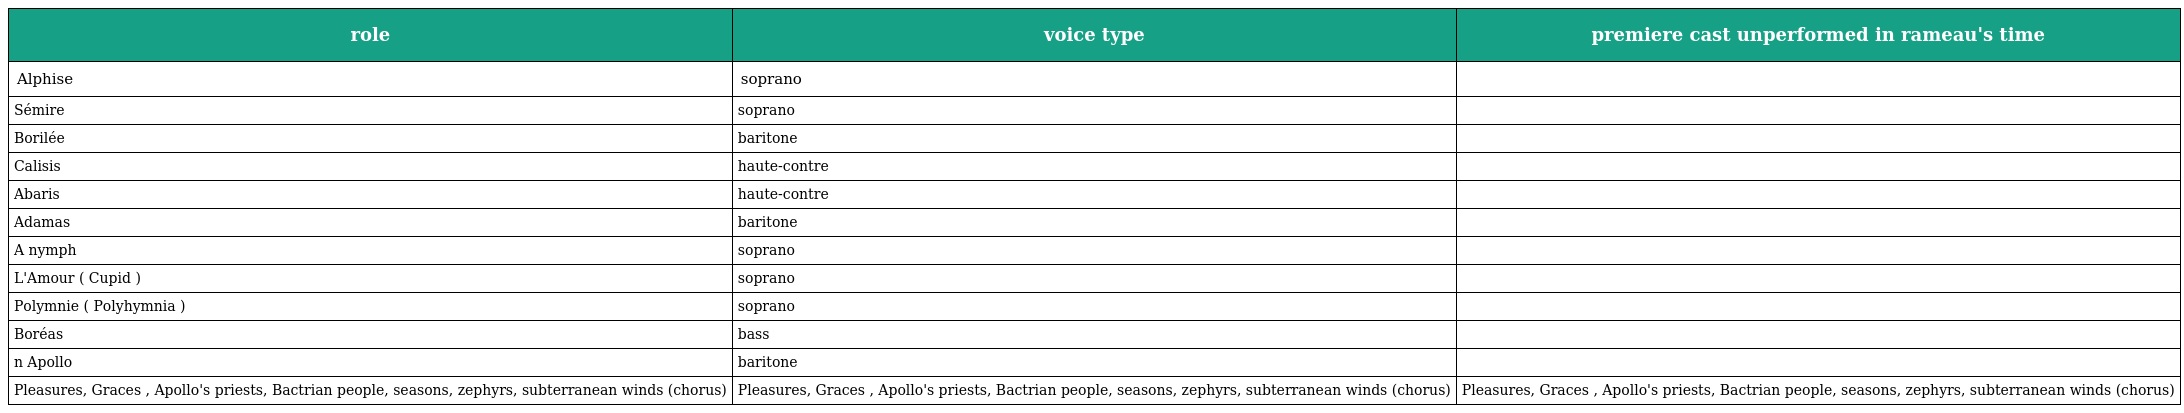
| role | voice type | premiere cast unperformed in rameau's time |
 | --- | --- | --- |
 | Alphise | soprano |  |
 | Sémire | soprano |  |
 | Borilée | baritone |  |
 | Calisis | haute-contre |  |
 | Abaris | haute-contre |  |
 | Adamas | baritone |  |
 | A nymph | soprano |  |
 | L'Amour ( Cupid ) | soprano |  |
 | Polymnie ( Polyhymnia ) | soprano |  |
 | Boréas | bass |  |
 | n Apollo | baritone |  |
 | Pleasures, Graces , Apollo's priests, Bactrian people, seasons, zephyrs, subterranean winds (chorus) | Pleasures, Graces , Apollo's priests, Bactrian people, seasons, zephyrs, subterranean winds (chorus) | Pleasures, Graces , Apollo's priests, Bactrian people, seasons, zephyrs, subterranean winds (chorus) |